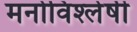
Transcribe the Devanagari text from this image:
मनोविश्लेषी